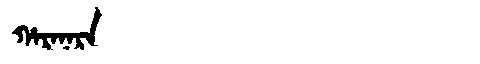
Manchu: ᡥᠠᡵᠠᠨᠠᡵᠠ
Romanization: HARANARA